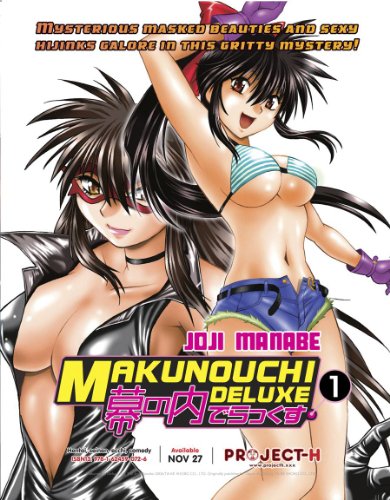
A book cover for Makunouchi Deluxe, Vol. 1; Joji Manabe; Comics & Graphic Novels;